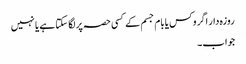
روزہ دار اگر وکس یا بام جسم کے کسی حصہ پر لگا سکتا ہے یا نہیں
جواب۔